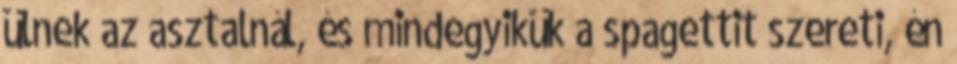
ülnek az asztalnál, és mindegyikük a spagettit szereti, én